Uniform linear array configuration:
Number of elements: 8
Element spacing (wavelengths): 0.25
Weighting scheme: hann
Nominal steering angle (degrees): -15
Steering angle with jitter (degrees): -15.815
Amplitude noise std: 0.05
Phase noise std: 0.05

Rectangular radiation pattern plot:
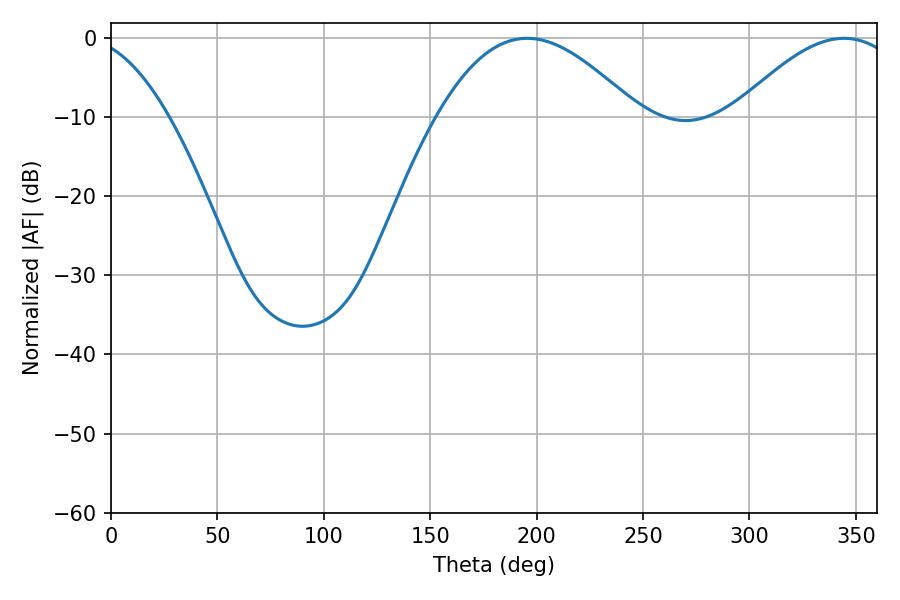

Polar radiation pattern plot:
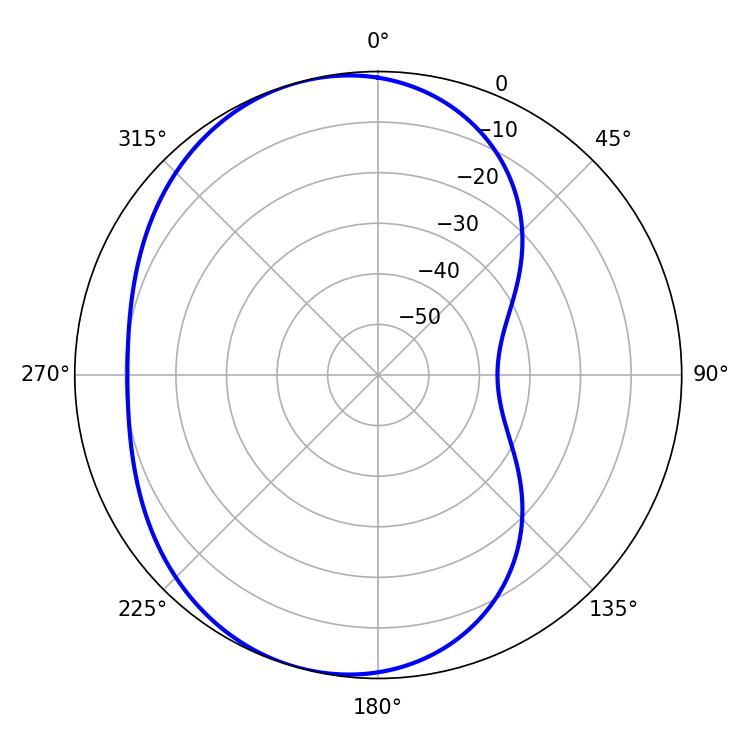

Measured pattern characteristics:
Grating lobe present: FALSE
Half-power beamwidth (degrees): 42.84
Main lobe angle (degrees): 344.52